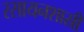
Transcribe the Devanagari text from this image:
रसायनशास्री